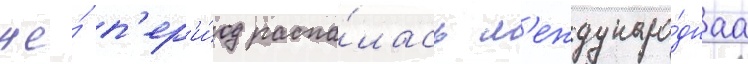
же́ п'ер'и́од распа́лась м'еждунаро́днаа